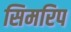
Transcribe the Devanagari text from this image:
सिमरिप